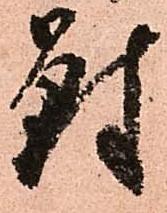
對